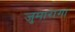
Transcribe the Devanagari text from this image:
जुमारागा